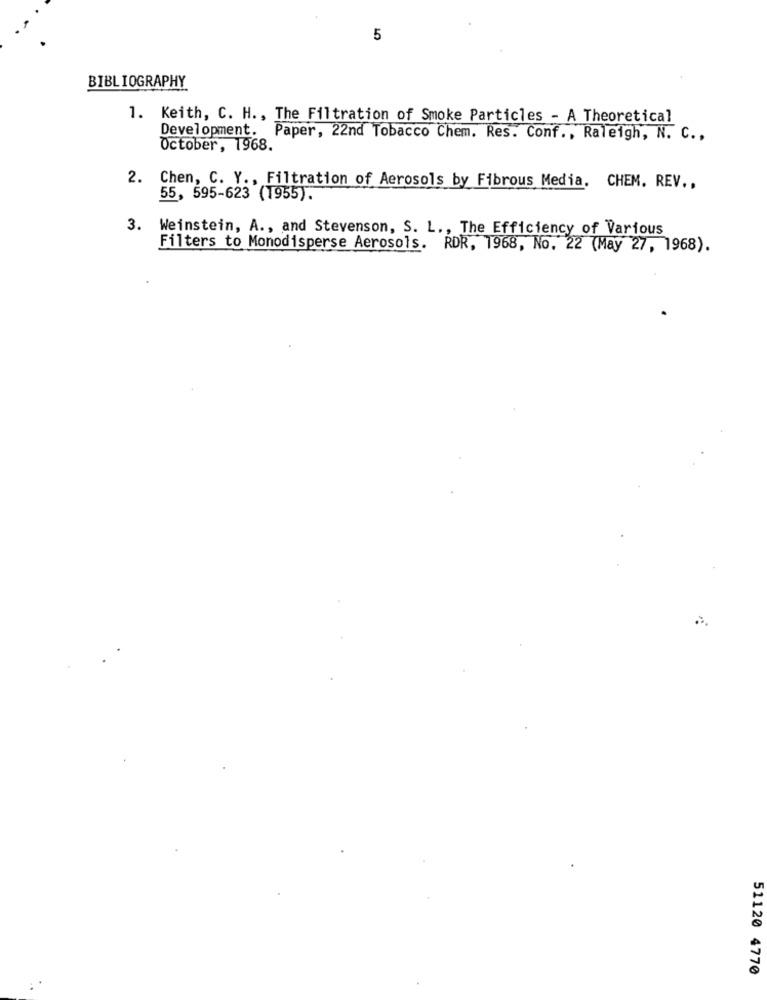
5
BIBLIOGRAPHY
1. Keith, C. H ., The Filtration of Smoke Particles - A Theoretical
Development. Paper, 22nd Tobacco Chem. Res. Conf ., Raleigh, N. C .,
October, 1968.
2. Chen, C. Y ., Filtration of Aerosols by Fibrous Media. CHEM. REV ..
55, 595-623 (1955).
3. Weinstein, A ., and Stevenson, S. L ., The Efficiency of Various
Filters to Monodisperse Aerosols. RDR, 1968, No. 22 (May 27, 1968).
51120 4770